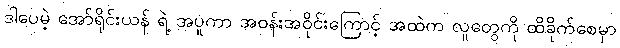
ဒါပေမဲ့ အော်ရိုင်းယန် ရဲ့ အပူကာ အဝန်းအဝိုင်းကြောင့် အထဲက လူတွေကို ထိခိုက်စေမှာ